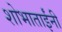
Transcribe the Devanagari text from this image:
शोभाताईंनी